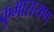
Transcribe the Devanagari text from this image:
कुमारायण